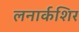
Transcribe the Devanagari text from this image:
लनार्कशिर